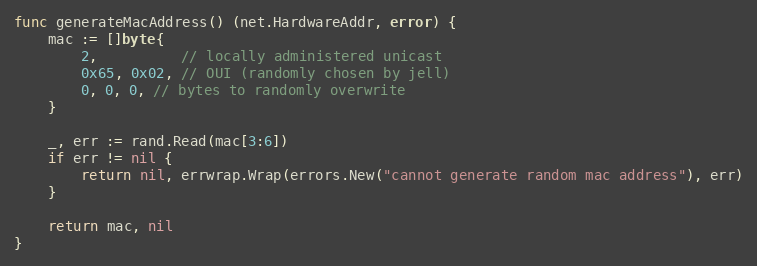
Language: Go
func generateMacAddress() (net.HardwareAddr, error) {
	mac := []byte{
		2,          // locally administered unicast
		0x65, 0x02, // OUI (randomly chosen by jell)
		0, 0, 0, // bytes to randomly overwrite
	}

	_, err := rand.Read(mac[3:6])
	if err != nil {
		return nil, errwrap.Wrap(errors.New("cannot generate random mac address"), err)
	}

	return mac, nil
}